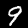
Label: 9